Indian journal of veterinary science and animal husbandry - Volume 7,
Year: 1937
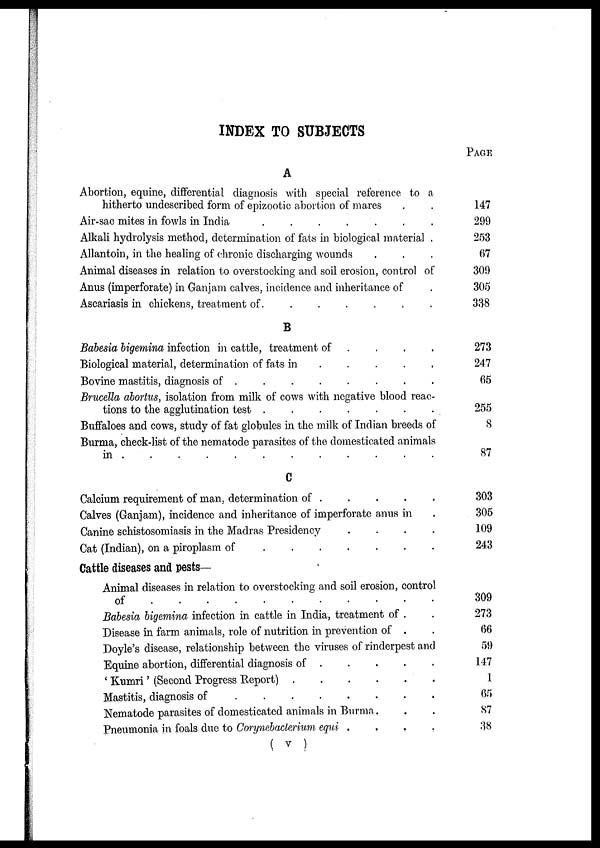
INDEX TO SUBJECTS
A
Abortion, equine, differential diagnosis with special reference to a
hitherto undescribed form of epizootic abortion of mares . .
Air-sac mites in fowls in India
.
.
.
.
.
.
.
Alkali hydrolysis method, determination of fats in biological material .
Allantoin, in the healing of chronic discharging wounds . . .
Animal diseases in relation to overstocking and soil erosion, control of
Anus (imperforate) in Ganjam calves, incidence and inheritance of .
Ascariasis in chickens, treatment of. . . . . . .
B
Babesia bigemina infection in cattle, treatment of . . . .
Biological material, determination of fats in . . . . .
Bovine mastitis, diagnosis of
.
.
.
.
.
.
.
.
Brucella abortus, isolation from milk of cows with negative blood reac-
tions to the agglutination test . . . . . . .
Buffaloes and cows, study of fat globules in the milk of Indian breeds of
Burma, check-list of the nematode parasites of the domesticated animals
in . . . . . . . . . . . .
C
Calcium requirement of man, determination of . . . . .
Calves (Ganjam), incidence and inheritance of imperforate anus in .
Canine schistosomiasis in the Madras Presidency . . . .
Cat (Indian), on a piroplasm of
.
.
.
.
.
.
.
Cattle diseases and pests—
Animal diseases in relation to overstocking and soil erosion, control
of
.
.
.
.
.
.
.
.
.
.
.
Babesia bigemina infection in cattle in India, treatment of . .
Disease in farm animals, role of nutrition in prevention of . .
Doyle's disease, relationship between the viruses of rinderpest and
Equine abortion, differential diagnosis of . . . . .
' Kumri ' (Second Progress Report)
.
.
.
.
.
.
Mastitis, diagnosis of
.
.
.
.
.
.
.
.
Nematode parasites of domesticated animals in Burma . . .
Pneumonia in foals due to Corynebacterium equi
.
.
.
.
PAGE
147
299
253
67
309
305
338
273
247
65
255
8
87
303
305
109
243
309
273
66
59
147
1
65
87
38
( V )